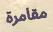
مقامرة